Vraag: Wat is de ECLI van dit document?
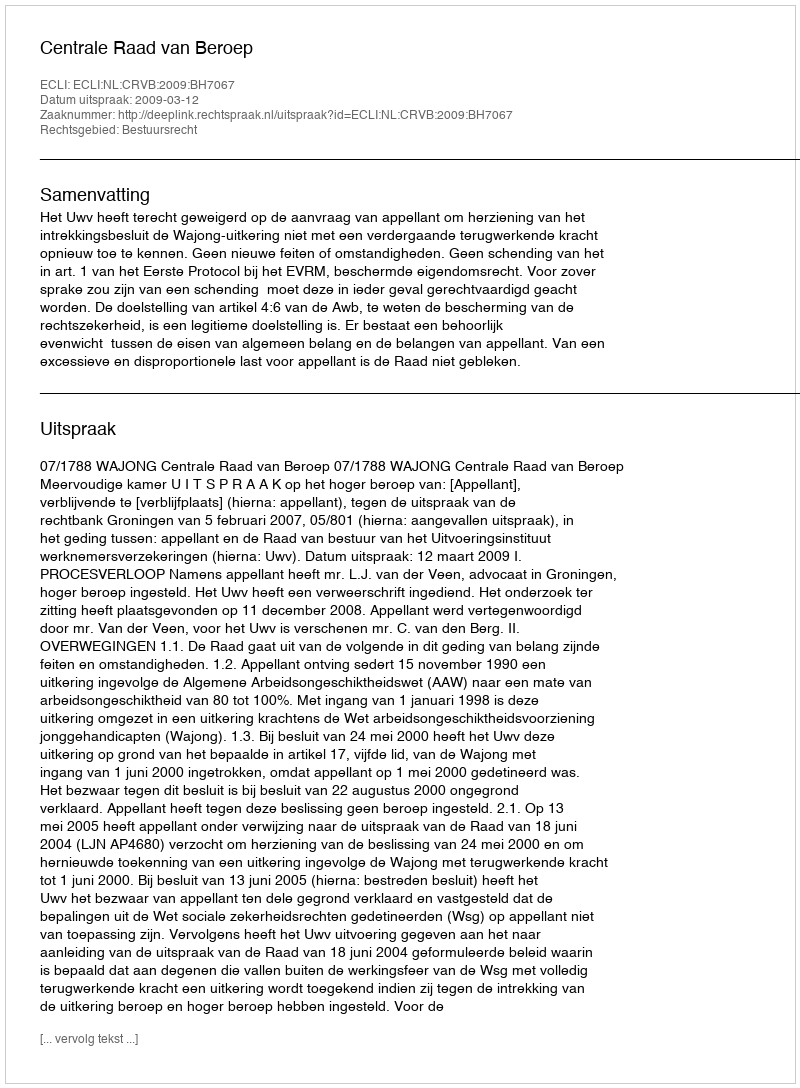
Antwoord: ECLI:NL:CRVB:2009:BH7067